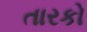
તારકો